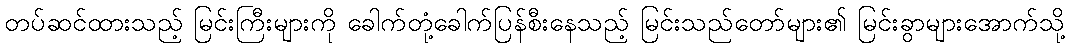
တပ်ဆင်ထားသည့် မြင်းကြီးများကို ခေါက်တုံ့ခေါက်ပြန်စီးနေသည့် မြင်းသည်တော်များ၏ မြင်းခွာများအောက်သို့